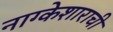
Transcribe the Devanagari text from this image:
नाग्केशाराची